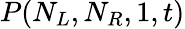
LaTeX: P(N_{L},N_{R},1,t)